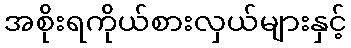
အစိုးရကိုယ်စားလှယ်များနှင့်